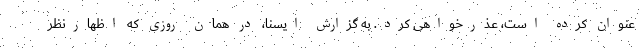
عنوان کرده است، عذرخواهی کرد. به گزارش ایسنا، در همان روزی که اظهارنظر